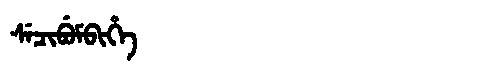
Manchu: ᠰᡝᠴᡳᠪᡠᠮᠪᡳᡥᡝ
Romanization: SECIBUMBIHE